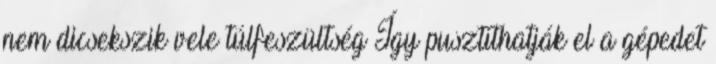
nem dicsekszik vele túlfeszültség Így pusztíthatják el a gépedet